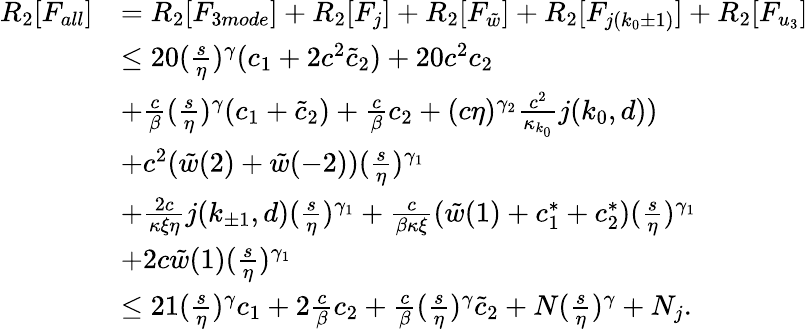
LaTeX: \begin{array}{rl}{R_{2}[F_{all}]}&{=R_{2}[F_{3mode}]+R_{2}[F_{j}]+R_{2}[F_{\tilde{w}}]+R_{2}[F_{j(k_{0}\pm 1)}]+R_{2}[F_{u_{3}}]}\\ &{\le 20(\frac s\eta)^{\gamma}(c_{1}+2c^{2}\tilde{c}_{2})+20c^{2}c_{2}}\\ &{+\frac c\beta(\frac{s}\eta)^{\gamma}(c_{1}+\tilde{c}_{2})+\frac c\beta c_{2}+(c\eta)^{\gamma_{2}}\frac{c^{2}}{\kappa_{k_{0}}}j(k_{0},d))}\\ &{+c^{2}(\tilde{w}(2)+\tilde{w}(-2))(\frac{s}\eta)^{\gamma_{1}}}\\ &{+\frac{2c}{\kappa\xi\eta}j(k_{\pm 1},d)(\frac{s}\eta)^{\gamma_{1}}+\frac c{\beta\kappa\xi}(\tilde{w}(1)+c_{1}^{\ast}+c_{2}^{\ast})(\frac{s}\eta)^{\gamma_{1}}}\\ &{+2c\tilde{w}(1)(\frac{s}\eta)^{\gamma_{1}}}\\ &{\le 21(\frac s\eta)^{\gamma}c_{1}+2\frac c\beta c_{2}+\frac c\beta(\frac s\eta)^{\gamma}\tilde{c}_{2}+N(\frac s\eta)^{\gamma}+N_{j}.}\end{array}